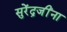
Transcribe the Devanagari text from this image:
सुरेंद्रजींना